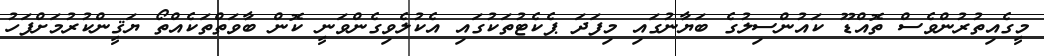
މީގެއިތުރުންވެސް ތޮއްޑޫ ކައުންސިލުގެ ބަޔާނުގައި މިފަދަ ޕެކެޓުތަކުގައި އެކުލެވިގެންވަނީ ކޮން ބާވަތްތަކެއްތޯ ޔަޤީންކުރުމަށްފަހު